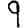
Digit: 9